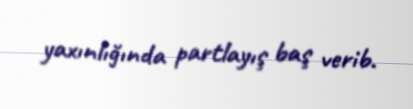
yaxınlığında partlayış baş verib.